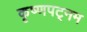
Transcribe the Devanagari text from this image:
कृष्णपट्नम